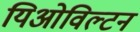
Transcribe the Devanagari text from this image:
यिओविल्टन